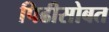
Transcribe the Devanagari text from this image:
पिढीसोबत